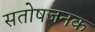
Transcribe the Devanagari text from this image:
सतोषजनक